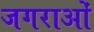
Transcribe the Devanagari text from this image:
जगराओं